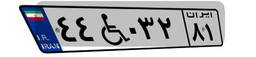
۵۹W۳۹۳۳۶